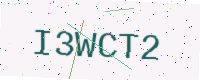
Text: I3WCT2